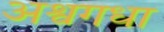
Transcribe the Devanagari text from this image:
अश्वगधा